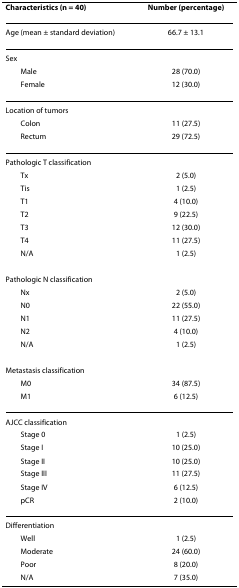
<table><thead><tr><td><b>Characteristics (n = 40)</b></td><td><b>Number (percentage)</b></td></tr></thead><tbody><tr><td>Age (mean ± standard deviation)</td><td>66.7 ± 13.1</td></tr><tr><td>Sex</td><td></td></tr><tr><td> Male</td><td>28 (70.0)</td></tr><tr><td> Female</td><td>12 (30.0)</td></tr><tr><td>Location of tumors</td><td></td></tr><tr><td> Colon</td><td>11 (27.5)</td></tr><tr><td> Rectum</td><td>29 (72.5)</td></tr><tr><td>Pathologic T classification</td><td></td></tr><tr><td> Tx</td><td>2 (5.0)</td></tr><tr><td> Tis</td><td>1 (2.5)</td></tr><tr><td> T1</td><td>4 (10.0)</td></tr><tr><td> T2</td><td>9 (22.5)</td></tr><tr><td> T3</td><td>12 (30.0)</td></tr><tr><td> T4</td><td>11 (27.5)</td></tr><tr><td> N/A</td><td>1 (2.5)</td></tr><tr><td>Pathologic N classification</td><td></td></tr><tr><td> Nx</td><td>2 (5.0)</td></tr><tr><td> N0</td><td>22 (55.0)</td></tr><tr><td> N1</td><td>11 (27.5)</td></tr><tr><td> N2</td><td>4 (10.0)</td></tr><tr><td> N/A</td><td>1 (2.5)</td></tr><tr><td>Metastasis classification</td><td></td></tr><tr><td> M0</td><td>34 (87.5)</td></tr><tr><td> M1</td><td>6 (12.5)</td></tr><tr><td>AJCC classification</td><td></td></tr><tr><td> Stage 0</td><td>1 (2.5)</td></tr><tr><td> Stage I</td><td>10 (25.0)</td></tr><tr><td> Stage II</td><td>10 (25.0)</td></tr><tr><td> Stage III</td><td>11 (27.5)</td></tr><tr><td> Stage IV</td><td>6 (12.5)</td></tr><tr><td> pCR</td><td>2 (10.0)</td></tr><tr><td>Differentiation</td><td></td></tr><tr><td> Well</td><td>1 (2.5)</td></tr><tr><td> Moderate</td><td>24 (60.0)</td></tr><tr><td> Poor</td><td>8 (20.0)</td></tr><tr><td> N/A</td><td>7 (35.0)</td></tr></tbody></table>